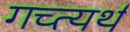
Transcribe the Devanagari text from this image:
गच्त्यर्थ